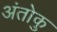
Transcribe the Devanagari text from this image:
अंतोकु